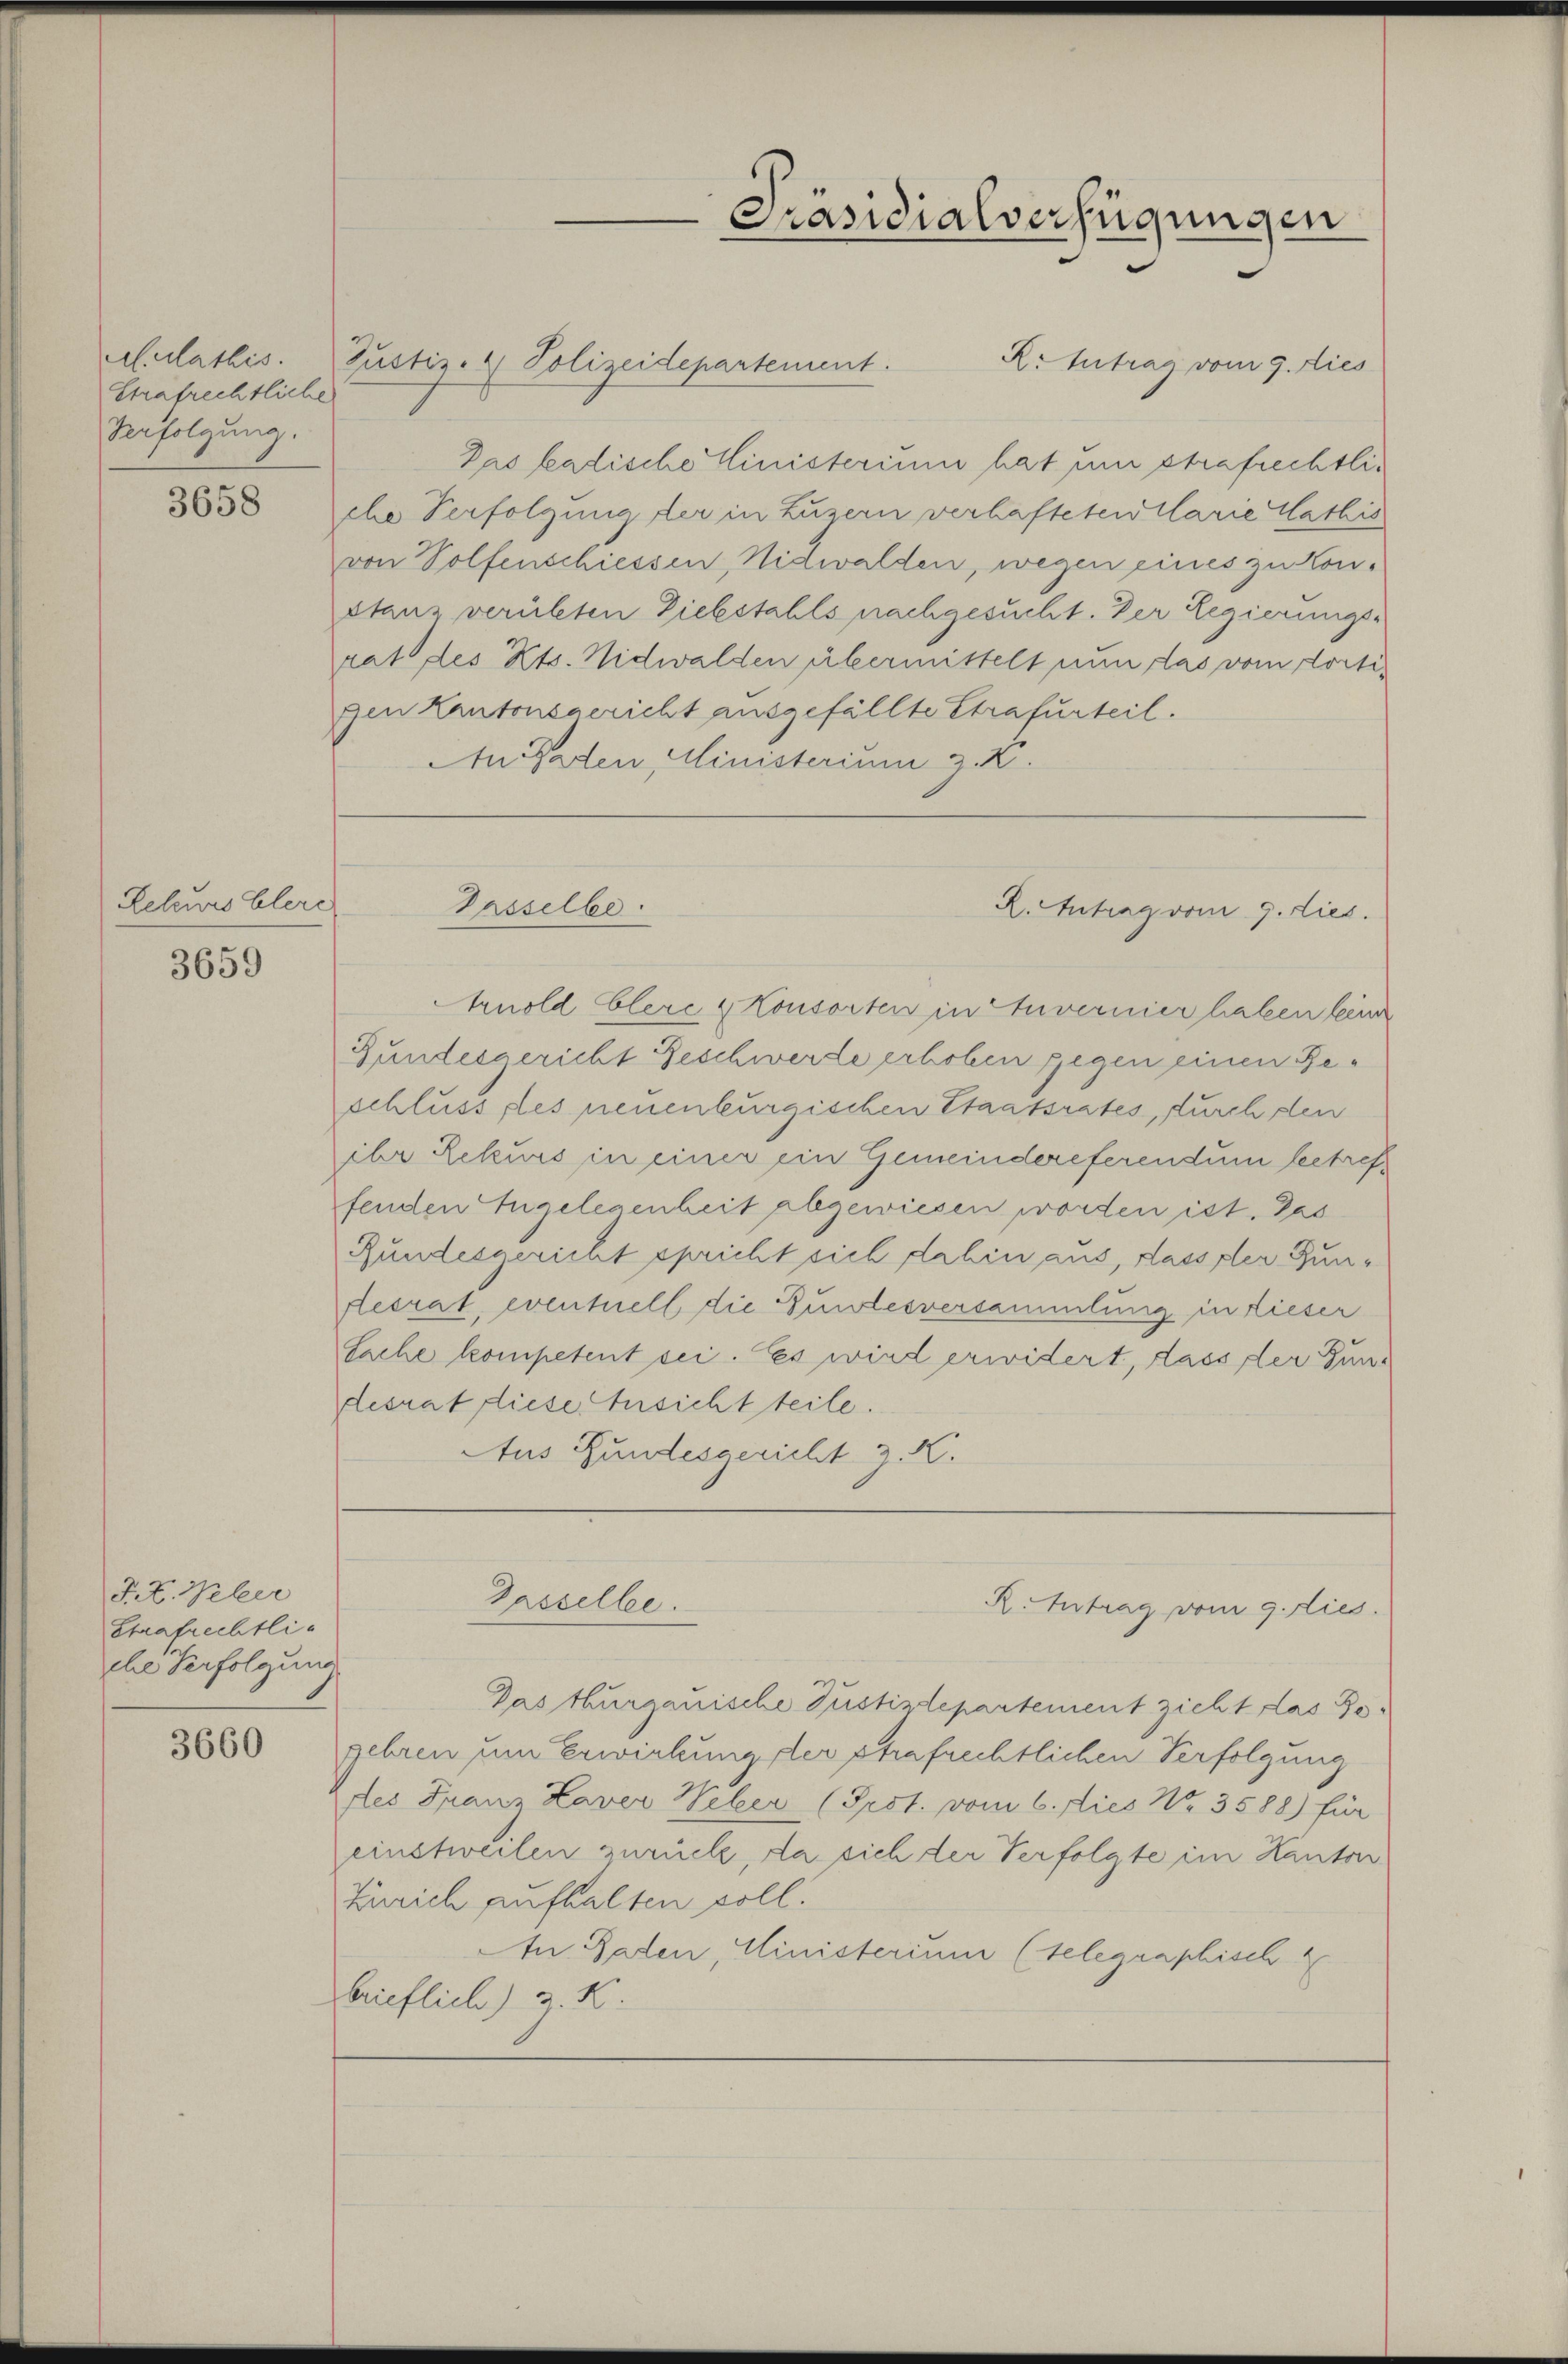
Aulathis
Strafrechtliche
Verfolgung.

3658

Releurs Elere
3659

F. L. Weber
Strafrechtliche Verfolgung

3660

Justiz- & Polizeidepartement.
R: Antrag vom 9. dies
Das badische Ministerium hat um strafrechtliche Verfolgung der in Luzern verhafteten Clarie Mathis
von Wolfenschiessen, Nidwalden, wegen eines zu Konstanz verübten Diebstahls nachgesucht. Der Regierungs-
rat des Kts. Nidwalden übermittelt nun das vom dortigen Kantonsgericht ausgefällte Strafurteil.
An Erden Ministerium z. B.

Arnold Elere & Konsorten in Anvernier haben keine
Gundesgericht Geschwerte erhoben gegen einen Beschlüssles neuenburgischen Staatsrates, durch den
ihr Rekurs in einer ein Gemeindereferendum betreffenden Engelegenheit abgewiesen worden ist. Das
Rundesgericht spricht sich dahin aus, dass der Zun¬
Resrat, eventiell die unlesversammlung in dieser
Sache kompetent sei. Es wird erwidert, dass der Fun-
desrat diese Ansichtteile.
Aus Gundesgericht z. K.

Präsidialverfügungen

Passelbe.
R. Antrag vom 9. dies.

Gasselbe.

R.Intrag vom 9. dies

Pas thurgauische Justizlepartement zieht das Jogehren um Erwirkung der strafrechtlichen Verfolgung
des Franz Laver Weber (Prst. vom 6. dies Nr. 3588) für
einstweilen zurück, da sich der Verfolgte im Kanton
Zürich aufhalten soll.
An Paten, Ministerium (telegraphisch 4
brieflich) z. K.